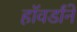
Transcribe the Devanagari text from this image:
हॉवर्डांने